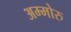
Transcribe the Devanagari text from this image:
अम्मोरु